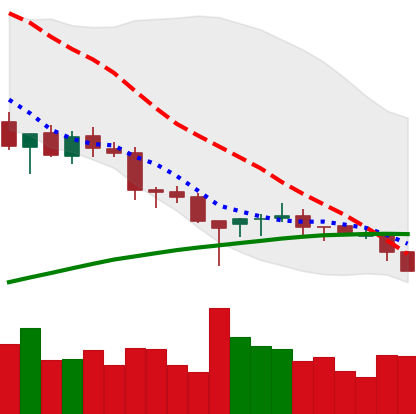
Ticker: ETH-USD
Chart end date: 2018-03-27
Forward return: -15.665%
Label: down_7plus